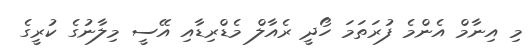
މި އިނާމް އެންމެ ފުރަތަމަ ހޯދީ ރެއާލް މެޑްރިޑާއި އޭސީ މިލާނުގެ ކުރީގެ